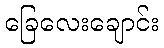
ခြေလေးချောင်း